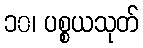
၁၀၊ ပစ္စယသုတ်